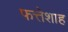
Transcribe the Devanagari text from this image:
फत्तेशाह